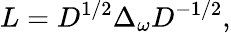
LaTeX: L=D^{1/2}\Delta_{\omega}D^{-1/2},